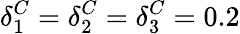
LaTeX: \delta_{1}^{C}=\delta_{2}^{C}=\delta_{3}^{C}=0.2